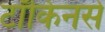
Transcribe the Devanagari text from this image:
टॉकिनसे